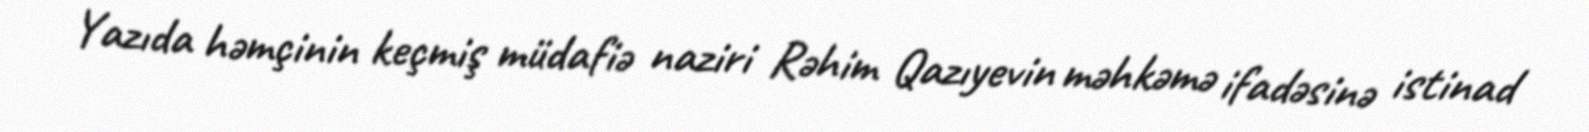
Yazıda həmçinin keçmiş müdafiə naziri Rəhim Qazıyevin məhkəmə ifadəsinə istinad